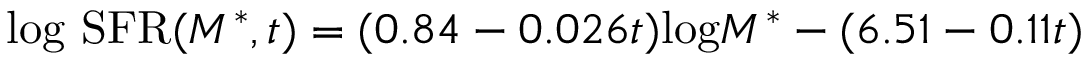
\mathrm { l o g ~ S F R } ( M ^ { * } , t ) = ( 0 . 8 4 - 0 . 0 2 6 t ) \mathrm { l o g } M ^ { * } - ( 6 . 5 1 - 0 . 1 1 t )